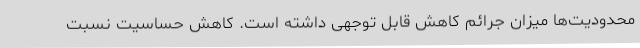
محدودیت‌ها میزان جرائم کاهش قابل توجهی داشته است. کاهش حساسیت نسبت